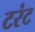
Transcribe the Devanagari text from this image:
टरंट